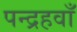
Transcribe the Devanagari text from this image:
पन्द्रहवाँ